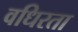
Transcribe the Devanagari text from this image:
वधिरता